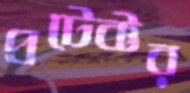
প্রটেক্টর